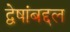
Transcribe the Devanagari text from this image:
द्वेषांबद्दल